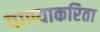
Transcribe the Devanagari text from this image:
पाण्याकरिता